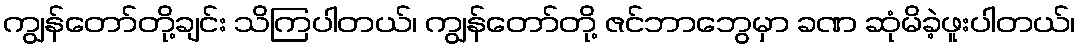
ကျွန်တော်တို့ချင်း သိကြပါတယ်၊ ကျွန်တော်တို့ ဇင်ဘာဘွေမှာ ခဏ ဆုံမိခဲ့ဖူးပါတယ်၊